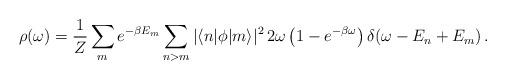
LaTeX: \begin{align*}\rho(\omega) = {1 \over Z} \sum_m e^{-\beta E_m} \sum_{n > m} \vert\langle n\vert \phi \vert m\rangle \vert^2 \, 2\omega \left(1 - e^{-\beta \omega}\right) \delta(\omega-E_n+E_m)\,.\end{align*}